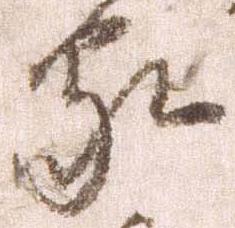
家